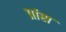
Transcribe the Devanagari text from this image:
प्रांस